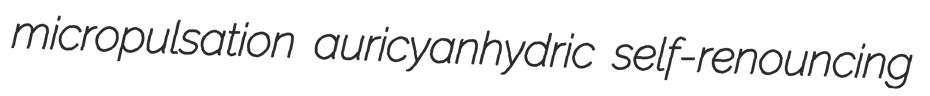
micropulsation auricyanhydric self-renouncing